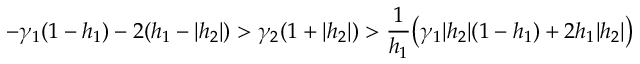
- \gamma _ { 1 } ( 1 - h _ { 1 } ) - 2 ( h _ { 1 } - | h _ { 2 } | ) > \gamma _ { 2 } ( 1 + | h _ { 2 } | ) > \frac { 1 } { h _ { 1 } } \big ( \gamma _ { 1 } | h _ { 2 } | ( 1 - h _ { 1 } ) + 2 h _ { 1 } | h _ { 2 } | \big )